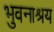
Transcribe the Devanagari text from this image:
भुवनाश्रय